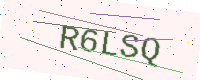
Text: R6LSQ